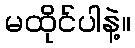
မထိုင်ပါနဲ့။